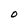
Character: O